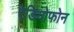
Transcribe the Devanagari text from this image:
रेडियोफोन